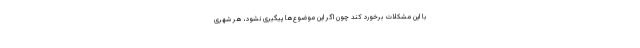
با این مشکلات برخورد کند چون اگر این موضوع‌ها پیگیری نشود، هر شهری